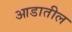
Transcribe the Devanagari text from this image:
आडातील